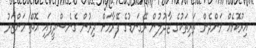
އިރުކޮޅެއް ވަންދެން ތަރިތަކުގެ ޖާދުލުން ރޭގަނޑުގެ ފޭރާމަށް ދިރުން ގެނެސްދީފައި އޮތް މަންޒަރު